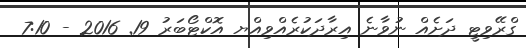
ގްރޭވިޓީ ދަށެއް ނުވާނެ އިރާދަކުރެއްވިއްޔ އޮކްޓޯބަރު 19